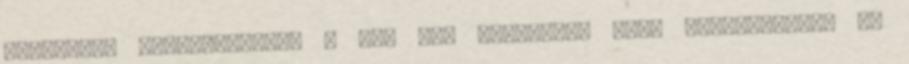
Grindeanu kijelentette, a két ház szavazata nagy felelősséget ró